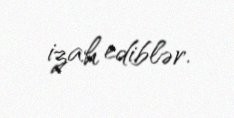
izah ediblər.